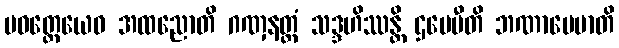
ပဝတ္တေယေဝ အထညောတိ ဂဏှနတ္ထံ သဒ္ဒဟိဿန္တိ ဌပေမီတိ ဘဏာပေမာတိ